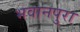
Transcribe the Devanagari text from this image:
भवानपुरा